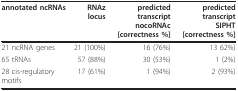
<table><thead><tr><td><b>annotated ncRNAs</b></td><td><b>RNAz locus</b></td><td><b>predicted transcriptnocoRNAc[correctness %]</b></td><td><b>predicted transcriptSIPHT[correctness %]</b></td></tr></thead><tbody><tr><td>21 ncRNA genes</td><td>21 (100%)</td><td>16 (76%)</td><td>13 62%)</td></tr><tr><td>65 tRNAs</td><td>57 (88%)</td><td>30 (53%)</td><td>1 (2%)</td></tr><tr><td>28 cis-regulatory motifs</td><td>17 (61%)</td><td>1 (94%)</td><td>2 (93%)</td></tr></tbody></table>